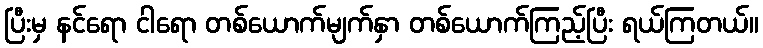
ပြီးမှ နင်ရော ငါရော တစ်ယောက်မျက်နှာ တစ်ယောက်ကြည့်ပြီး ရယ်ကြတယ်။